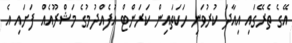
އޭގެ ތެރޭގައި އިއާދަ ކުރުވަނި ހަކަތައިން ކަރަންޓް އުފެއްދުމުގެ މަޝްރޫއެއް ފަށައި އެ